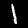
Label: 1